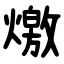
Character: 燩